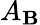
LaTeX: A_{\mathbf{B}}